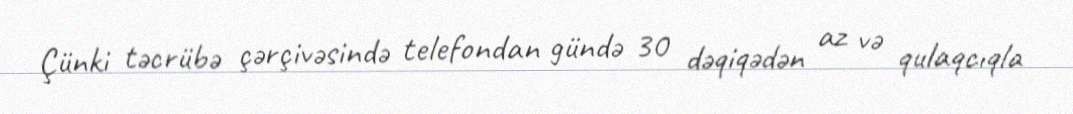
Çünki təcrübə çərçivəsində telefondan gündə 30 dəqiqədən az və qulaqcıqla